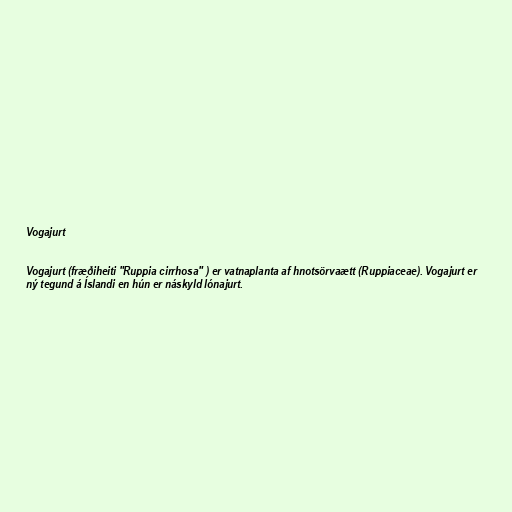
Vogajurt

Vogajurt (fræðiheiti "Ruppia cirrhosa" ) er vatnaplanta af hnotsörvaætt (Ruppiaceae). Vogajurt er
ný tegund á Íslandi en hún er náskyld lónajurt.